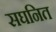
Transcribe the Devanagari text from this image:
सघनित